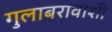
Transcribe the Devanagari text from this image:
गुलाबरावाशी